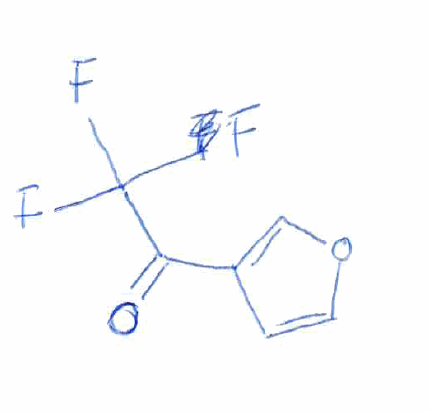
Simplified molecular-input line-entry system (SMILES) notation of the given molecule:
C1=COC=C1C(=O)C(F)(F)F